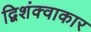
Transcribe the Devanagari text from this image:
द्विशंक्वाकार